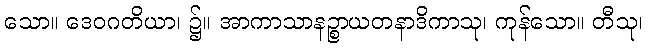
သော။ ဒေဝဂတိယာ၊ ၌။ အာကာသာနဉ္စာယတနာဒိကာသု၊ ကုန်သော။ တီသု၊